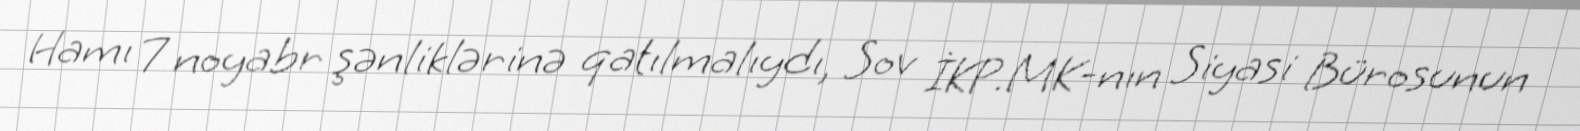
Hamı 7 noyabr şənliklərinə qatılmalıydı, Sov İKP.MK-nın Siyasi Bürosunun